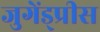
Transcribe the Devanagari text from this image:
जुगेंड्प्रीस